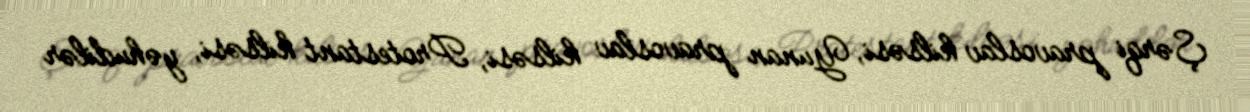
Şərqi pravoslav kilsəsi, Yunan pravoslav kilsəsi, Protestant kilsəsi, yəhudilər